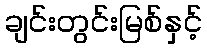
ချင်းတွင်းမြစ်နှင့်